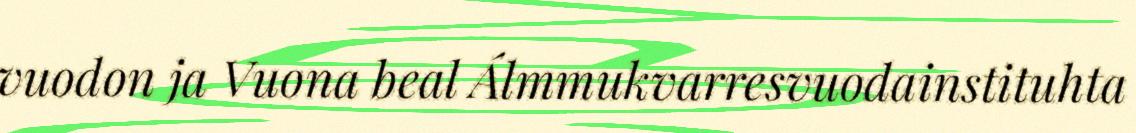
vuodon ja Vuona beal Álmmukvarresvuodainstituhta